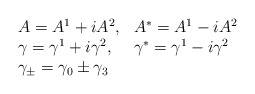
\begin{align*}\begin{array}{ll} A = A^1 + iA^2, & A^* = A^1 - i A^2 \\ \gamma = \gamma^1 + i\gamma^2, & \gamma^* = \gamma^1 - i \gamma^2 \\ \gamma_\pm = \gamma_0 \pm \gamma_3 & \end{array}\end{align*}